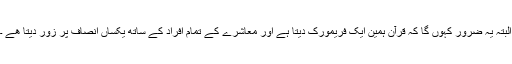
البتہ یہ ضرور کہوں گا کہ قرآن ہمین ایک فریمورک دیتا ہے اور معاشرے کے تمام افراد کے ساتھ یکساں انصاف پر زور دیتا ھے ۔